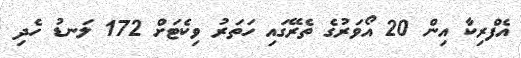
އެފްރިކާ އިން 20 އޯވަރުގެ ތެރޭގައި ހަތަރު ވިކެޓަށް 172 ލަނޑު ހެދި